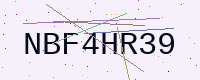
Text: NBF4HR39